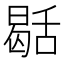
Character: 𮍻